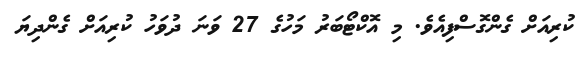
ކުރިއަށް ގެންގޮސްފިއެވެ. މި އޮކްޓޯބަރު މަހުގެ 27 ވަނަ ދުވަހު ކުރިއަށް ގެންދިޔަ